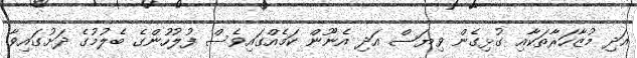
އަދި މުޒާހަރާތަކާއި ގުޅިގެން ވިޔަސް އަދި އެނޫން ކަމެއްގައިވެސް ފުލުހުންގެ ބެލުމުގެ ދަށުގައިވާ